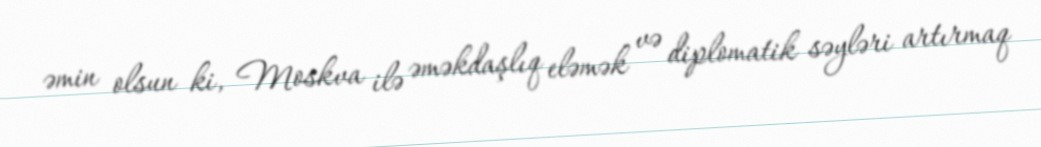
əmin olsun ki, Moskva ilə əməkdaşlıq eləmək və diplomatik səyləri artırmaq